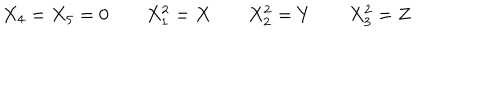
X _ { 4 } = X _ { 5 } = 0 \quad \quad X _ { 1 } ^ { 2 } = X \quad \quad X _ { 2 } ^ { 2 } = Y \quad \quad X _ { 3 } ^ { 2 } = Z